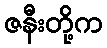
ဇနီးတို့က